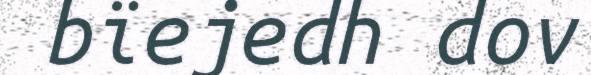
bïejedh dov